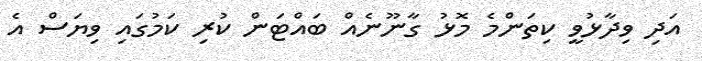
އަދި ވިދާޅުވީ ކިތަންމެ މޮޅު ގާނޫނެއް ބައްޓަން ކުރި ކަމުގައި ވިޔަސް އެ